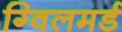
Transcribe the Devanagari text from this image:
ग्विलमर्ड